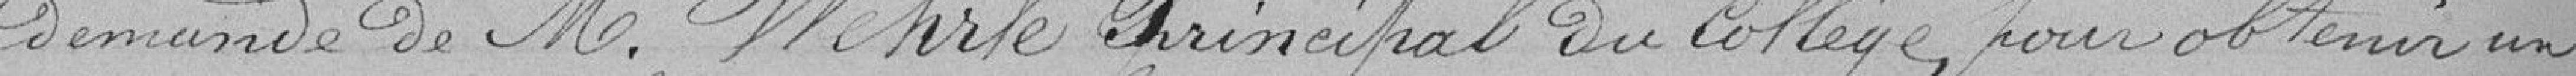
demande de Monsieur Wehrlé Principal du collège, pour obtenir un